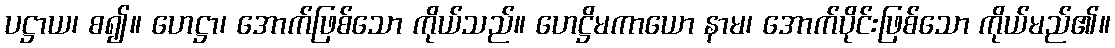
ပဋ္ဌာယ၊ စ၍။ ဟေဋ္ဌာ၊ အောက်ဖြစ်သော ကိုယ်သည်။ ဟေဋ္ဌိမကာယော နာမ၊ အောက်ပိုင်းဖြစ်သော ကိုယ်မည်၏။